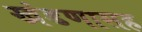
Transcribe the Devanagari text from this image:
खंडणासह